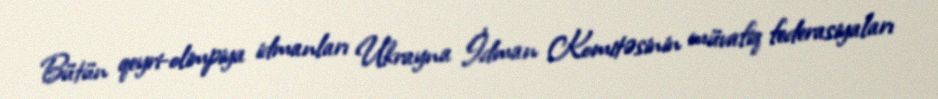
Bütün qeyri-olimpiya idmanları Ukrayna İdman Komitəsinin müvafiq federasiyaları